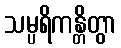
သမ္ပရိကန္တိတွာ